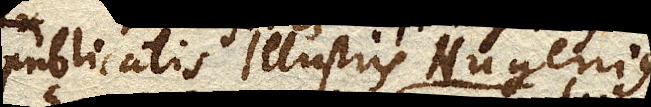
publicatis Illustris Hugenius